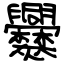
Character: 爨